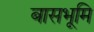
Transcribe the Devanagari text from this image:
बासभूमि